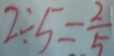
2 \div 5 = \frac { 2 } { 5 }